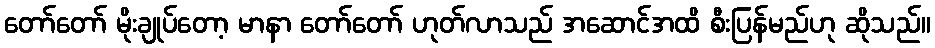
တော်တော် မိုးချုပ်တော့ မာနာ တော်တော် ဟုတ်လာသည် အဆောင်အထိ စီးပြန်မည်ဟု ဆိုသည်။